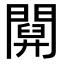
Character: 𨵹